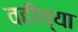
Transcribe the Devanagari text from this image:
वहीच्या